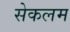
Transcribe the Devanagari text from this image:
सेकलम